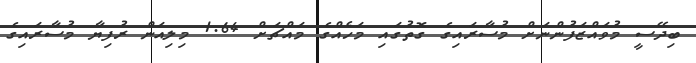
ބިދޭސީ މުވައްޒަފުންނަށް މުސާރައިގެ ގޮތުގައި މަހެއްގެ މައްޗަށް 1.64 މިލިއަން ރުފިޔާ މުސާރައިގެ